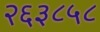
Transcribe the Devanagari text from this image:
२६३८५८